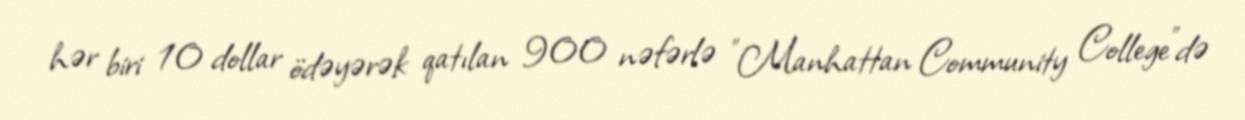
hər biri 10 dollar ödəyərək qatılan 900 nəfərlə "Manhattan Community College"də